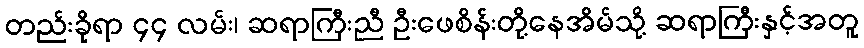
တည်းခိုရာ ၄၄ လမ်း၊ ဆရာကြီးညီ ဦးဖေစိန်းတို့နေအိမ်သို့ ဆရာကြီးနှင့်အတူ